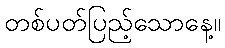
တစ်ပတ်ပြည့်သောနေ့။